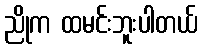
ညိုက ထမင်းဘူးပါတယ်